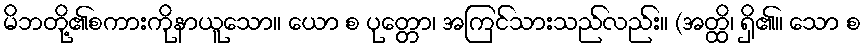
မိဘတို့၏စကားကိုနာယူသော။ ယော စ ပုတ္တော၊ အကြင်သားသည်လည်း။ (အတ္ထိ၊ ရှိ၏။ သော စ